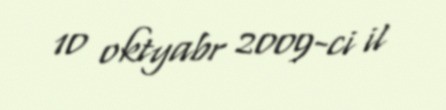
10 oktyabr 2009-ci il